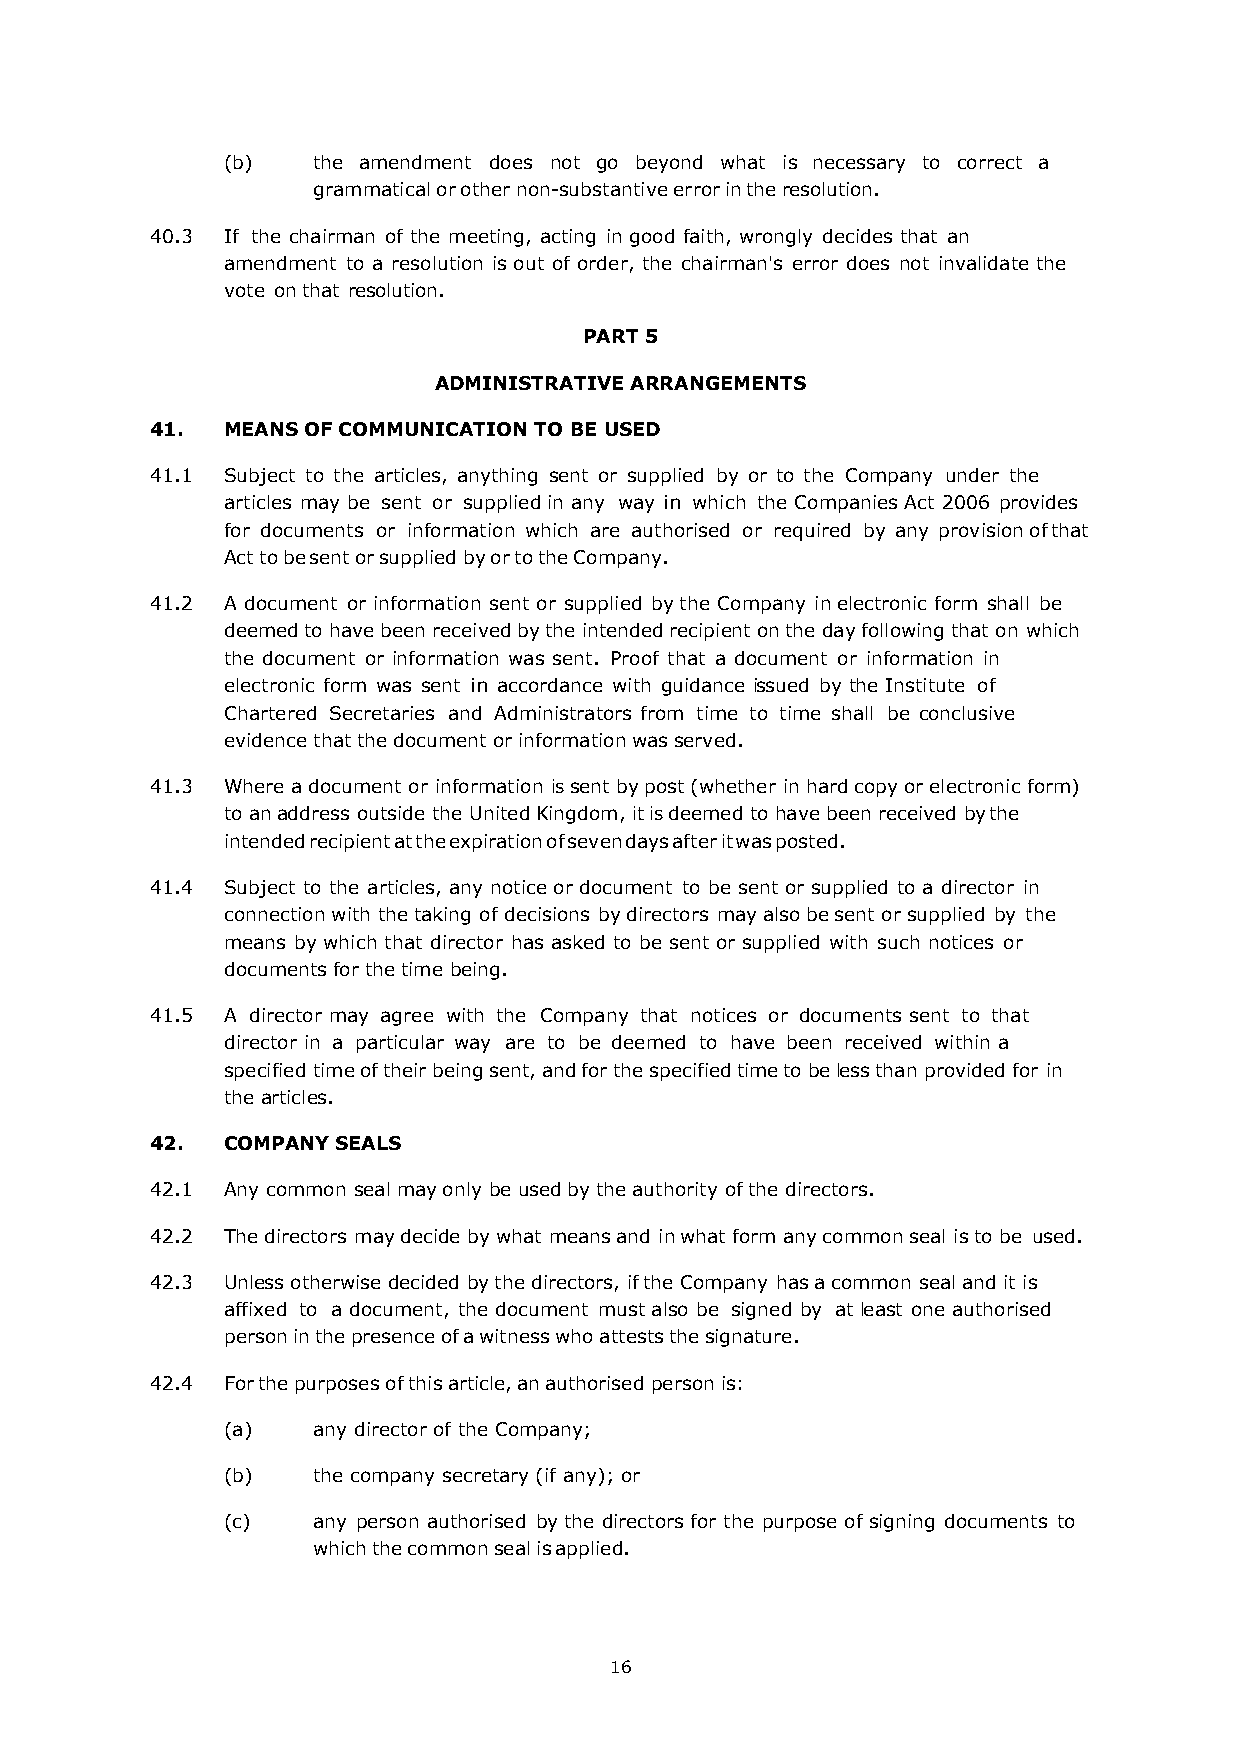
(b)   the amendment does not go beyond what is necessary to correct a
 grammatical or other non-substantive error in the resolution.
 40.3 If the chairman of the meeting, acting in good faith, wrongly decides that an
 amendment to a resolution is out of order, the chairman's error does not invalidate the
 vote on that resolution.
 PART 5
 ADMINISTRATIVE ARRANGEMENTS
 41.  MEANS OF COMMUNICATION TO BE USED
 41.1 Subject to the articles, anything sent or supplied by or to the Company under the
 articles may be sent or supplied in any way in which the Companies Act 2006 provides
 for documents or information which are authorised or required by any provision of that
 Act to be sent or supplied by or to the Company.
 41.2 A document or information sent or supplied by the Company in electronic form shall be
 deemed to have been received by the intended recipient on the day following that on which
 the document or information was sent. Proof that a document or information in
 electronic form was sent in accordance with guidance issued by the Institute of
 Chartered Secretaries and Administrators from time to time shall be conclusive
 evidence that the document or information was served.
 41.3 Where a document or information is sent by post (whether in hard copy or electronic form)
 to an address outside the United Kingdom, it is deemed to have been received by the
 intended recipient at the expiration of seven days after it was posted.
 41.4 Subject to the articles, any notice or document to be sent or supplied to a director in
 connection with the taking of decisions by directors may also be sent or supplied by the
 means by which that director has asked to be sent or supplied with such notices or
 documents for the time being.
 41.5 A director may agree with the Company that notices or documents sent to that
 director in a particular way are to be deemed to have been received within a
 specified time of their being sent, and for the specified time to be less than provided for in
 the articles.
 42.  COMPANY SEALS
 42.1 Any common seal may only be used by the authority of the directors.
 42.2 The directors may decide by what means and in what form any common seal is to be used.
 42.3 Unless otherwise decided by the directors, if the Company has a common seal and it is
 affixed to a document, the document must also be signed by at least one authorised
 person in the presence of a witness who attests the signature.
 42.4 For the purposes of this article, an authorised person is:
 (a)   any director of the Company;
 (b)   the company secretary (if any); or
 (c)   any person authorised by the directors for the purpose of signing documents to
 which the common seal is applied.
 16